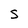
Character: s